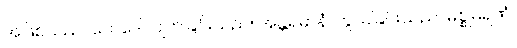
အဖြစ်သည်။ ဘေဒေါ၊ ပျက်ခြင်းသည်။ အန္တရဓာနံ၊ ကွယ်ခြင်းသည်။ မစ္စုမရဏံ၊